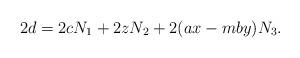
LaTeX: \begin{align*}2d = 2cN_1 + 2zN_2 +2(ax-mby)N_3.\end{align*}